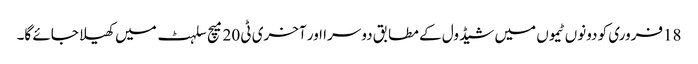
18فروری کو دونوں ٹیموں میں شیڈول کے مطابق دوسرا اور آخری ٹی 20 میچ سلہٹ میں کھیلا جائے گا۔